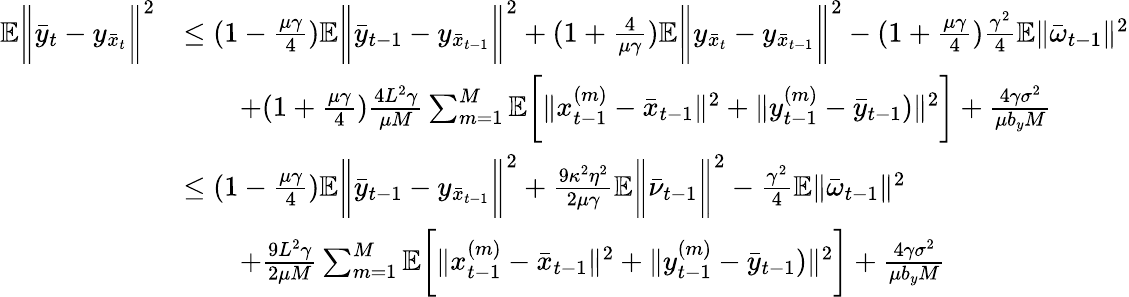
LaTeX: \begin{array}{rl}{\mathbb{E}\bigg\| \bar{y}_{t}-y_{\bar{x}_{t}}\bigg\| ^{2}}&{\leq(1-\frac{\mu\gamma}{4})\mathbb{E}\bigg\| \bar{y}_{t-1}-y_{\bar{x}_{t-1}}\bigg\| ^{2}+(1+\frac{4}{\mu\gamma})\mathbb{E}\bigg\| y_{\bar{x}_{t}}-y_{\bar{x}_{t-1}}\bigg\| ^{2}-(1+\frac{\mu\gamma}{4})\frac{\gamma^{2}}{4}\mathbb{E}\| \bar{\omega}_{t-1}\| ^{2}}\\ &{\qquad+(1+\frac{\mu\gamma}{4})\frac{4L^{2}\gamma}{\mu M}\sum_{m=1}^{M}\mathbb{E}\bigg[\| x_{t-1}^{(m)}-\bar{x}_{t-1}\| ^{2}+\| y_{t-1}^{(m)}-\bar{y}_{t-1})\| ^{2}\bigg]+\frac{4\gamma\sigma^{2}}{\mu b_{y}M}}\\ &{\leq(1-\frac{\mu\gamma}{4})\mathbb{E}\bigg\| \bar{y}_{t-1}-y_{\bar{x}_{t-1}}\bigg\| ^{2}+\frac{9\kappa^{2}\eta^{2}}{2\mu\gamma}\mathbb{E}\bigg\| \bar{\nu}_{t-1}\bigg\| ^{2}-\frac{\gamma^{2}}{4}\mathbb{E}\| \bar{\omega}_{t-1}\| ^{2}}\\ &{\qquad+\frac{9L^{2}\gamma}{2\mu M}\sum_{m=1}^{M}\mathbb{E}\bigg[\| x_{t-1}^{(m)}-\bar{x}_{t-1}\| ^{2}+\| y_{t-1}^{(m)}-\bar{y}_{t-1})\| ^{2}\bigg]+\frac{4\gamma\sigma^{2}}{\mu b_{y}M}}\end{array}